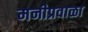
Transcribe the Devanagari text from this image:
मनीप्रवाळा